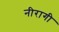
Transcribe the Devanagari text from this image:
नीरागी